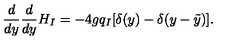
{ \frac { d } { d y } } { \frac { d } { d y } } H _ { I } = - 4 g q _ { I } [ \delta ( y ) - \delta ( y - \tilde { y } ) ] .